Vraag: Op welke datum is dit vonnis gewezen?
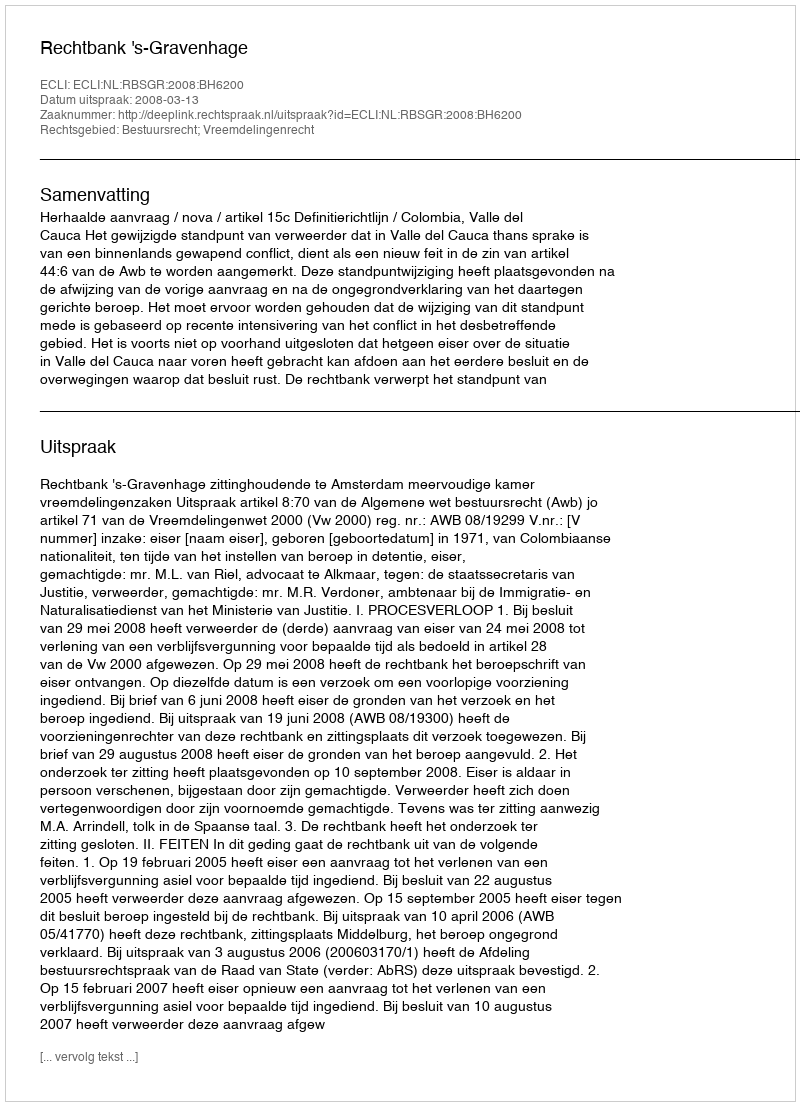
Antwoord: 2008-03-13